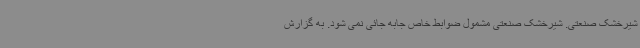
شیرخشک صنعتی. شیرخشک صنعتی مشمول ضوابط خاص جابه جائی نمی شود. به گزارش